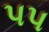
પપ